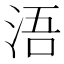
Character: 浯